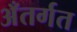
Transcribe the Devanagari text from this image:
अँतर्गत